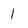
Character: 1